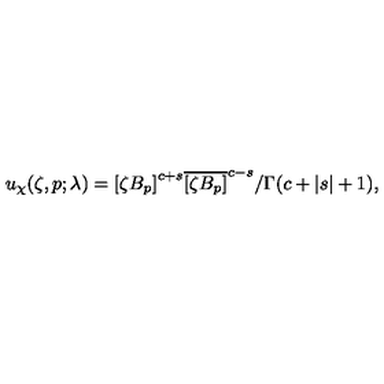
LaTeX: u _ { \chi } ( \zeta , p ; \lambda ) = { [ \zeta B _ { p } ] } ^ { c + s } { \overline { { [ \zeta B _ { p } ] } } } ^ { c - s } / \Gamma ( c + | s | + 1 ) ,